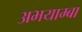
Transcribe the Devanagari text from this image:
अभयाम्बा